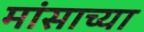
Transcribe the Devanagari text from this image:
मांसाच्या